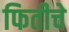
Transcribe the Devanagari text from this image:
फितीचे